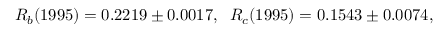
R _ { b } ( 1 9 9 5 ) = 0 . 2 2 1 9 \pm 0 . 0 0 1 7 , \; \; R _ { c } ( 1 9 9 5 ) = 0 . 1 5 4 3 \pm 0 . 0 0 7 4 ,